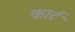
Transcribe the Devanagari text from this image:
कार्टं